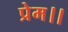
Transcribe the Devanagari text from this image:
प्रेम।।